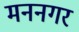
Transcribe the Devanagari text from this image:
मननगर